Problem: 7 × 2 = ?
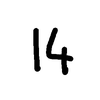
Handwritten answer: 14